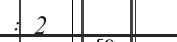
: 2